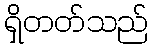
ရှိတတ်သည်